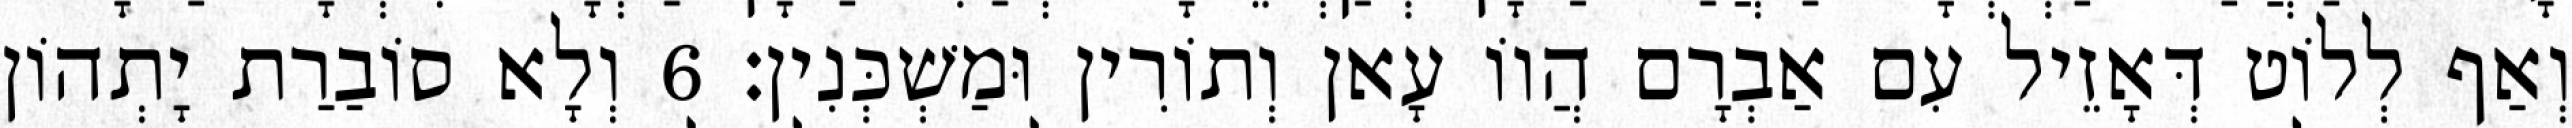
וְאַף לְלוֹט דְּאָזֵיל עִם אַבְרָם הֲווֹ עָאן וְתוֹרִין וּמַשְׁכְּנִין׃ 6 וְלָא סוֹבַרַת יָתְהוֹן